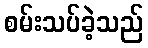
စမ်းသပ်ခဲ့သည်